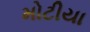
મોટીયા